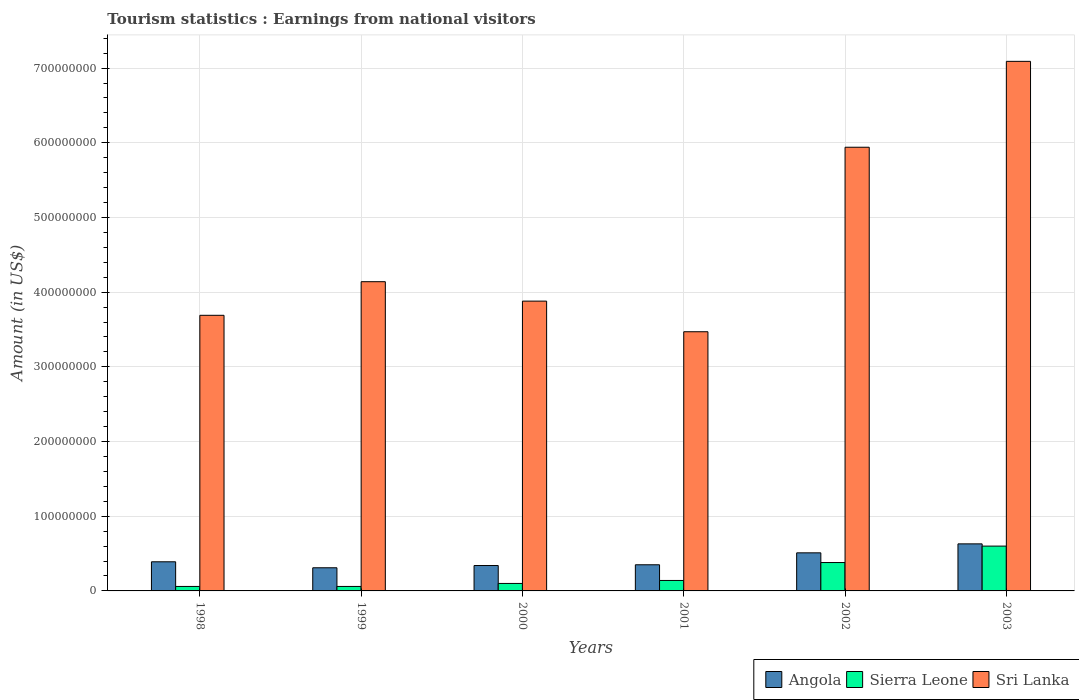
| Years | Angola | Sierra Leone | Sri Lanka |
 | --- | --- | --- | --- |
 | 1998 | 3.9e+07 | 6e+06 | 3.69e+08 |
 | 1999 | 3.1e+07 | 6e+06 | 4.14e+08 |
 | 2000 | 3.4e+07 | 1e+07 | 3.88e+08 |
 | 2001 | 3.5e+07 | 1.4e+07 | 3.47e+08 |
 | 2002 | 5.1e+07 | 3.8e+07 | 5.94e+08 |
 | 2003 | 6.3e+07 | 6e+07 | 7.09e+08 |